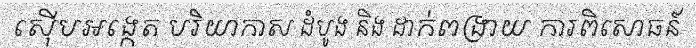
ស៊ើបអង្កេត បរិយាកាស ដំបូង និង ដាក់ពង្រាយ ការពិសោធន៍